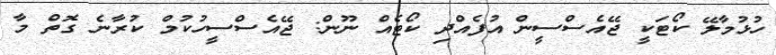
ހުޅުމާލޭ ކޯޓަކީ ޖޭއެސްސީން އުފެއްދި ކޯޓެއް ނޫން: ޖޭއެސްސީހުކުމް ކުރާނެ ގޮތް މާ